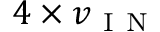
4 \times v _ { \mathrm { ~ I ~ N ~ } }